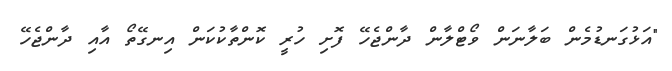
"އަޅުގަނޑުމެން ބަލާނަން ވޯޓްލާން ދާންޖެހޭ ފޮށި ހުރީ ކޮންތާކުކަން އިނގޭތޯ އާއި ދާންޖެހޭ